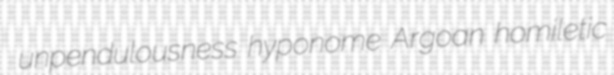
unpendulousness hyponome Argoan homiletic